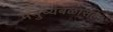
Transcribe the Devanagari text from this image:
मनुष्यबळासह